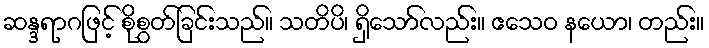
ဆန္ဒရာဂဖြင့် စိုစွတ်ခြင်းသည်။ သတိပိ၊ ရှိသော်လည်း။ ဧသေဝ နယော၊ တည်း။